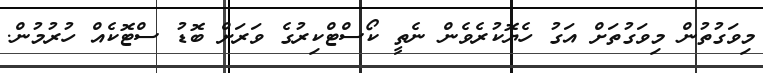
މިވަގުތުން މިވަގުތަށް އަގު ހެޔޮކުރެވެން ނެތީ ކޯސްޓްކިރުގެ ވަރަށް ބޮޑު ސްޓޮކެއް ހުރުމުން.